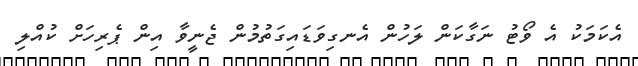
އެކަމަކު އެ ވޯޓު ނަގާކަން ލަހުން އެނގިވަޑައިގަތުމުން ޖެނީވާ އިން ޕެރިހަށް ކުއްލި